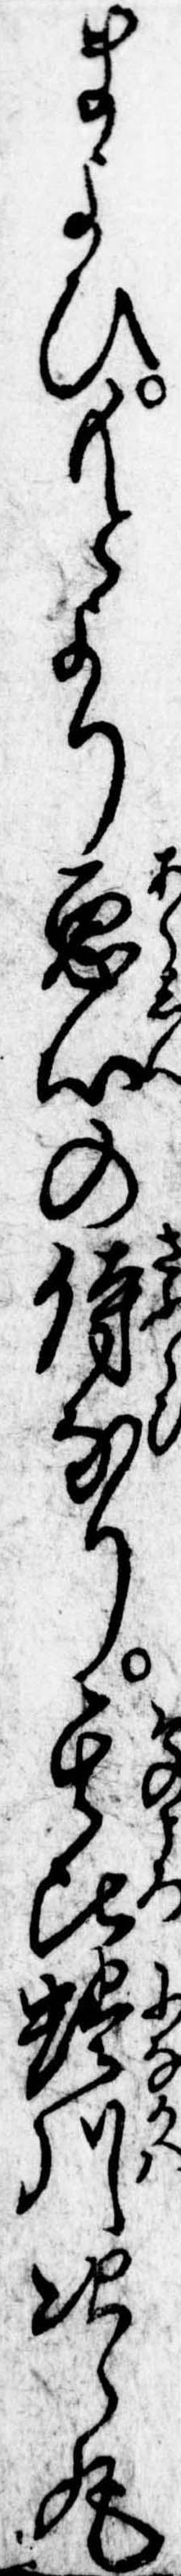
まよひもとより悪心の侍なり其比蜷川次郎丸